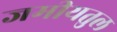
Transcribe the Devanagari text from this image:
जमीयतुल